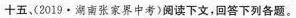
十五(2019·湖南张家界中考)阅读下文，回答下列各题。